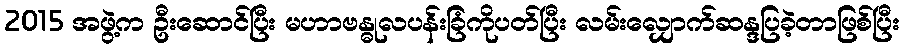
2015 အဖွဲ့က ဦးဆောင်ပြီး မဟာဗန္ဓုလပန်းခြံကိုပတ်ပြီး လမ်းလျှောက်ဆန္ဒပြခဲ့တာဖြစ်ပြီး